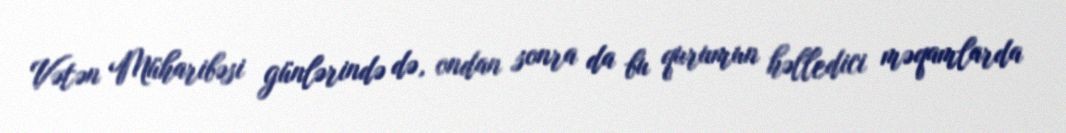
Vətən Müharibəsi günlərində də, ondan sonra da bu qurumun həlledici məqamlarda